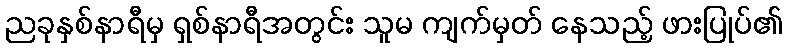
ညခုနှစ်နာရီမှ ရှစ်နာရီအတွင်း သူမ ကျက်မှတ် နေသည့် ဖားပြုပ်၏